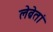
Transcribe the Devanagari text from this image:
लेब्रेतां